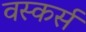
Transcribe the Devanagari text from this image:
वस्कर्स